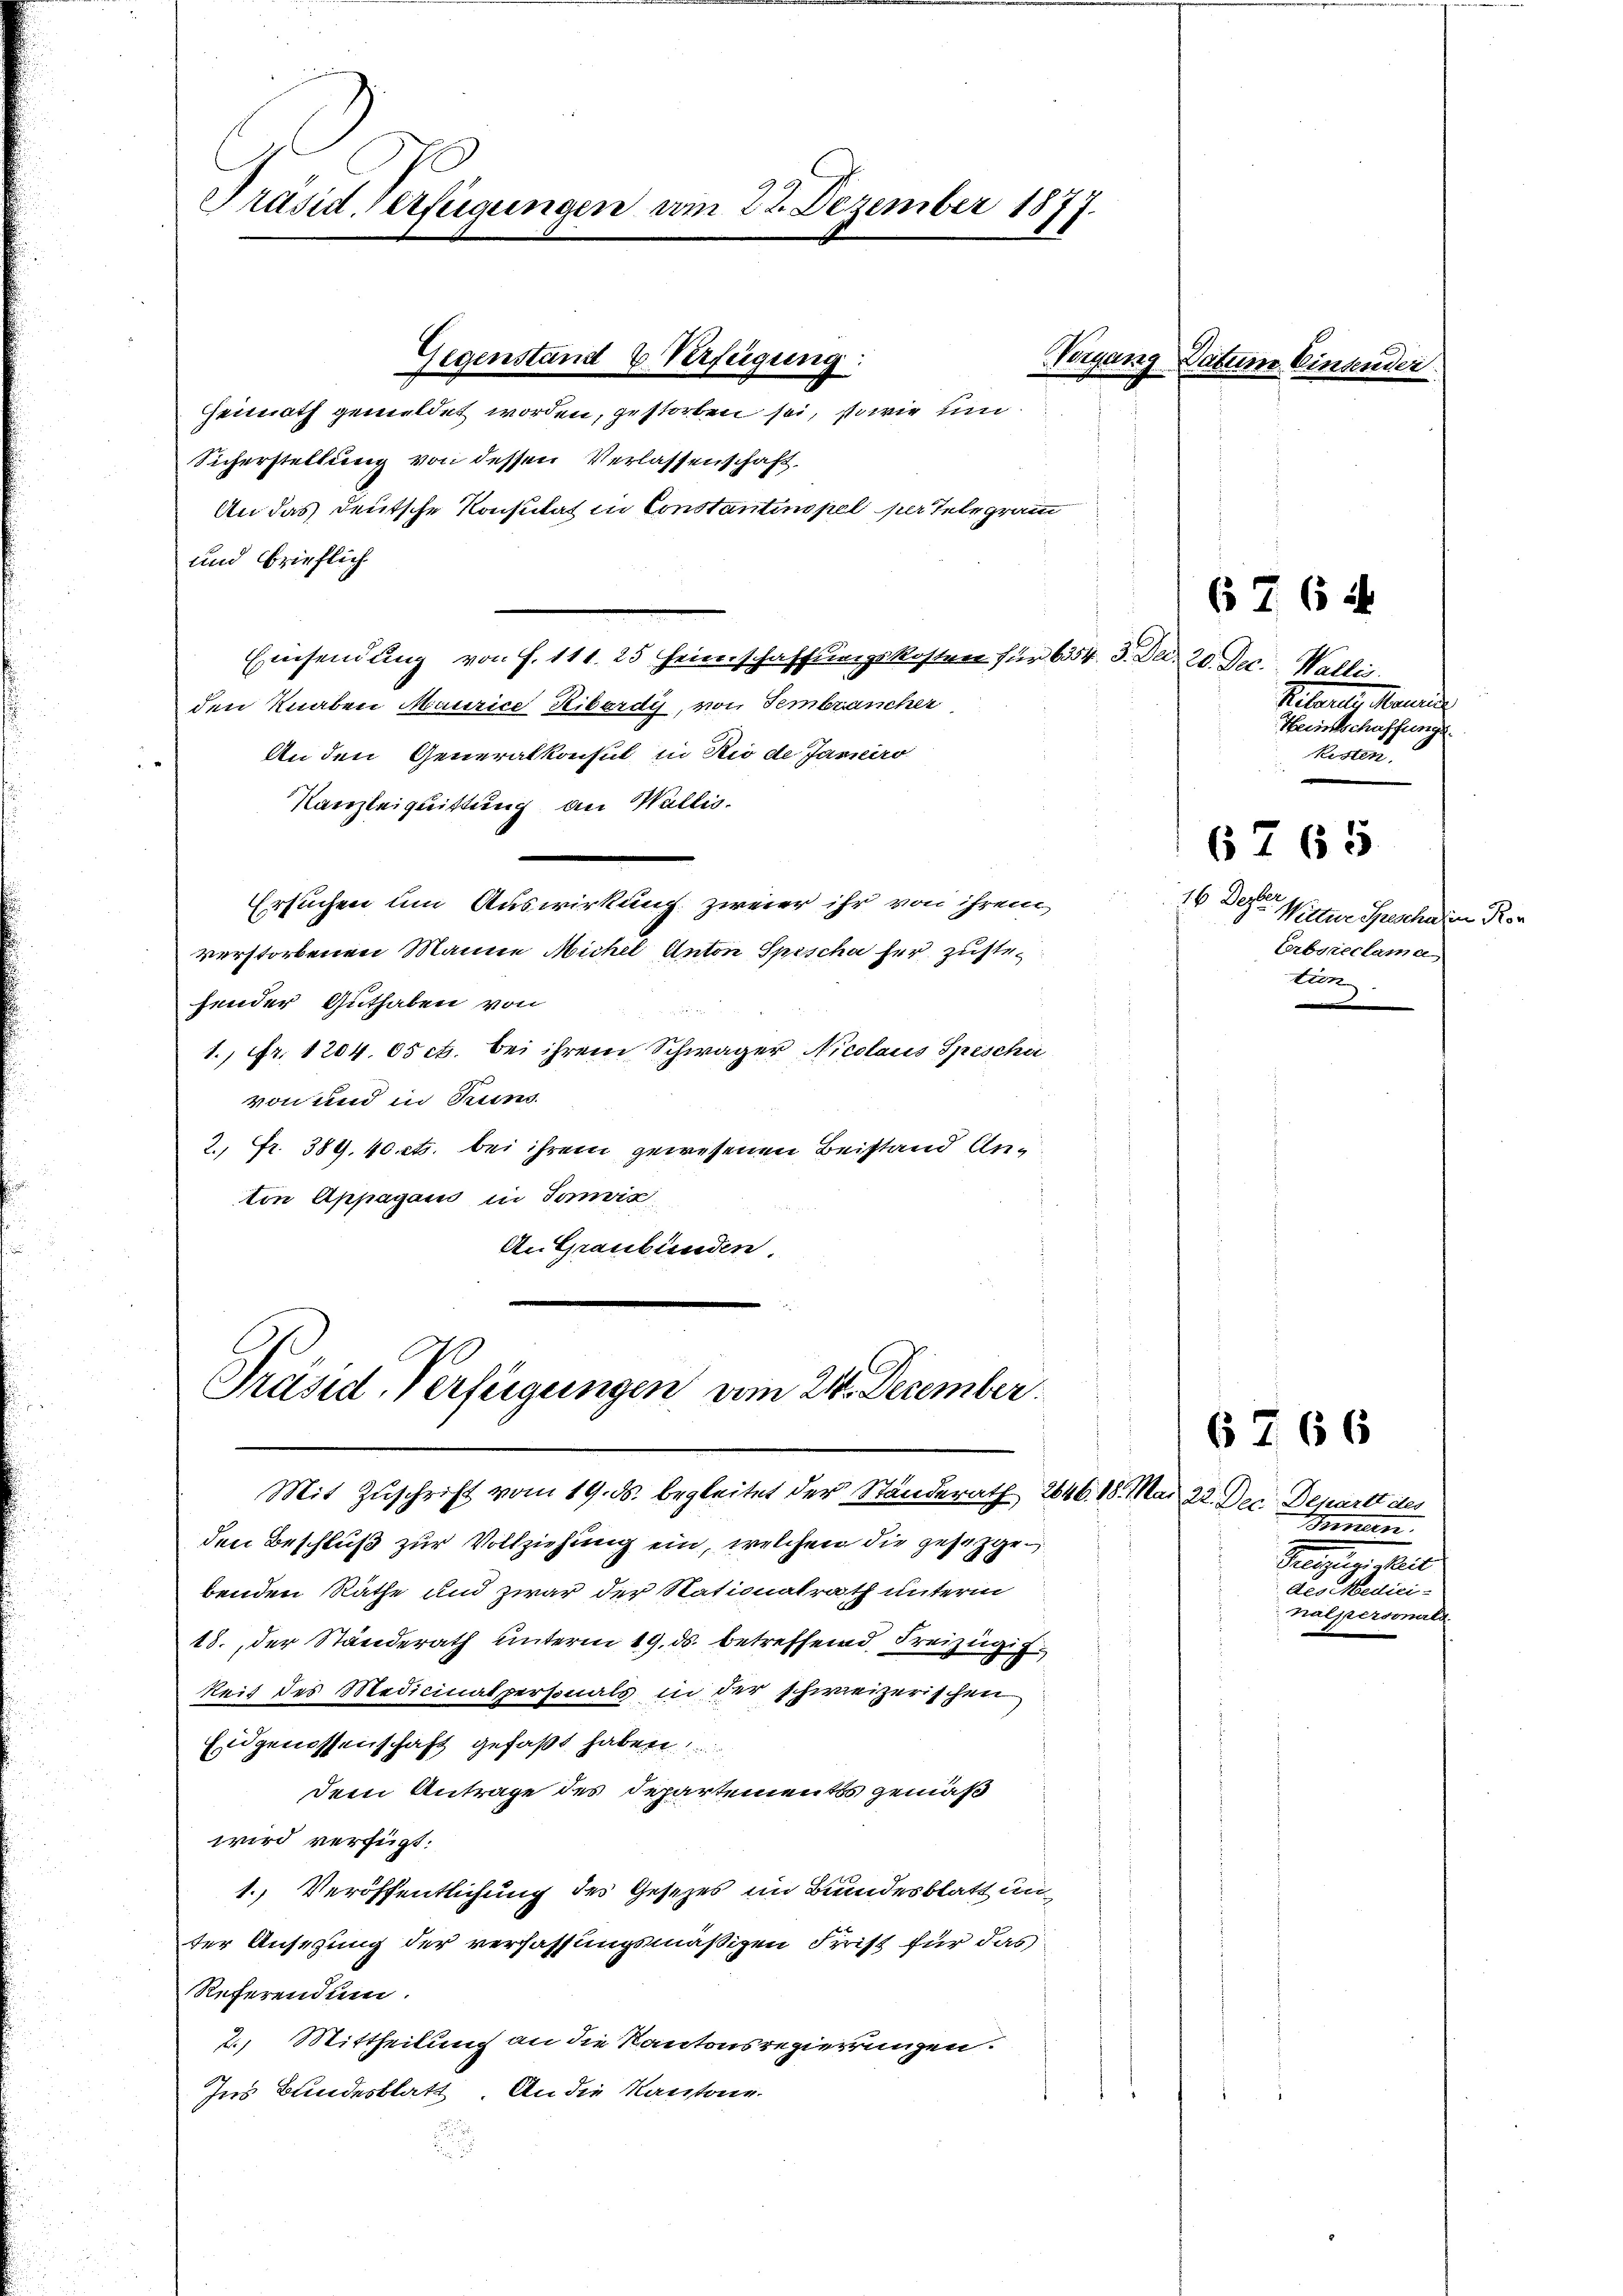
Präsid. Verfügungen am 22. Dezember 1877.

Heimath gemeldet worden, gestorben sei, sowie um
Sicherstellung von dessen Verlassenschaft
An das deutsche Konsulat in Constantinopel per Telegramm
und brieflich
Einsendung von f. 111. 25 Heimschaffungskosten für 6354. 3. Dec. 20. Dec. Wallis.
den Knaben Maurice, Ribardi, von Fembrancher
An den Generalkonsul in Rio de Jarneiro
Kanzleiquittung an Wallis.
Ersuchen um Auswirkung zweier ihr von ihrem
verstorbenen Manne Michel Anton Spische her zustefender Guthaben von
1. fr. 1204. 05 ct. bei ihrem Schwager Nicolaus Speschi
von und in Suns
2., Fr. 389. 40 cts. bei ihrem gewesenen Beistand Anton Appagan in Janvix,
An Graubünden

Gegenstand & Verfügung:

Präsid. Verfügungen vom 24. December.
Mit Zuschrift vom 19. ds. begleitet der Standerath 2646. 18. Mai 22. Dec. Departt des

den Beschluß zur Vollziehung ein, welchen die gesetzgebenden Räthe und zwar der Nationalrath unterm
18., der Ständerath unterm 19. ds. betreffend Freizügig.
keit des Medicinalpersonals in der schweizerischen
Eidgenossenschaft gefaßt haben
dem Antrage des Departementss gemäß
wird verfügt:
1. Veröffentlichung des Gesetzes im Bundesblatt un
ter Ansezung der verfassungsmäßigen Frist für das
Referendum.
2) Mittheilung an die Kantonsregierungen.
Ins Bundesblatt An die Kantone.
.

n

Petarl, Kan
Herinschaffungs
kisten.

6764

Datum Einsender

16. Septer
Wittere Gesche in Ror
Eerbereclama
tion.

67 65

Brennern.
Se il
e es seine
halpersonals.

6766